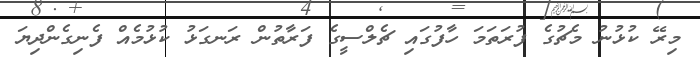
މިރޭ ކުޅުނު މެޗުގެ ފުރަތަމަ ހާފުގައި ޗެލްސީގެ ފަރާތުން ރަނގަޅު ކުޅުމެއް ފެނިގެންދިޔަ